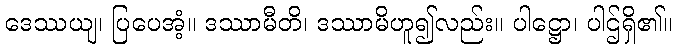
ဒေဿယျ၊ ပြပေအံ့။ ဒဿာမီတိ၊ ဒဿာမိဟူ၍လည်း။ ပါဋ္ဌော၊ ပါဌ်ရှိ၏။